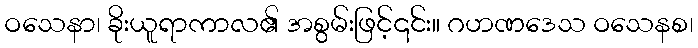
ဝသေနာ၊ ခိုးယူရာကာလ၏ အစွမ်းဖြင့်၎င်း။ ဂဟဏဒေသ ဝသေနစ၊